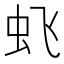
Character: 𱿙